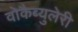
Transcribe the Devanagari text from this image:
वोकैब्युलेरी